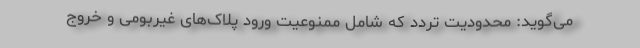
می‌گوید: محدودیت تردد که شامل ممنوعیت ورود پلاک‌های غیربومی و خروج